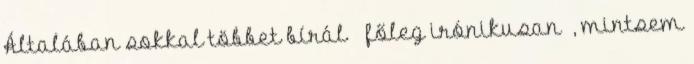
Általában sokkal többet bírál – főleg irónikusan –, mintsem